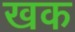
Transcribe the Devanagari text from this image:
खक